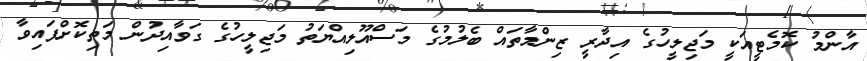
އާންމު ކޮމެޓީއަކީ މަޖިލީހުގެ އިދާރީ ޒިންމާތައް ބެލުމުގެ މަސްއޫލިއްޔަތު މަޖިލީހުގެ ގަވާއިދުން މަތިކޮށްފައިވާ